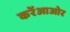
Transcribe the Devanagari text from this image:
करेंआओर